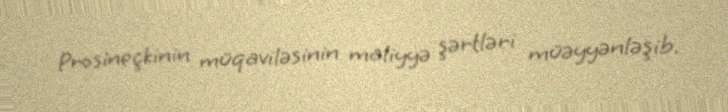
Prosineçkinin müqaviləsinin maliyyə şərtləri müəyyənləşib.